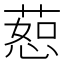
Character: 𫉅